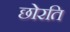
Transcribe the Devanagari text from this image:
छोरति